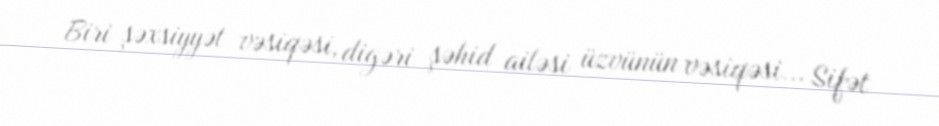
Biri şəxsiyyət vəsiqəsi, digəri şəhid ailəsi üzvünün vəsiqəsi... Sifət